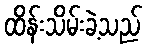
ထိန်းသိမ်းခဲ့သည်